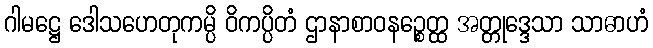
ဂါမဋ္ဌေ ဒေါသဟေတုကမ္ပိ ဝိကပ္ပိတံ ဌာနာစာဝနဉ္စေတ္ထ အတ္တုဒ္ဒေသာ သာဓာဟံ